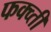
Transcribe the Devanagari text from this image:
फक्व्ती